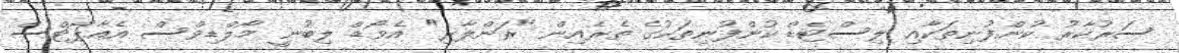
ސަރުކާރު ކުންފުނިތަކާއި ލިސްޓެޑް ކުންފުނިތަކުގެ ތެރެއިން "ރަންލާރި" އެވޯޑް ލިބުނީ މޯލްޑިވްސް އެއާޕޯޓްސް